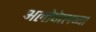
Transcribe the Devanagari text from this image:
अल्तेपेत्लच्या